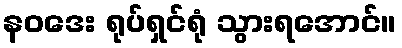
နဝဒေး ရုပ်ရှင်ရုံ သွားရအောင်။